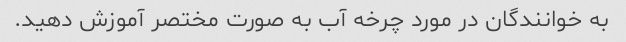
به خوانندگان در مورد چرخه آب به صورت مختصر آموزش دهید.